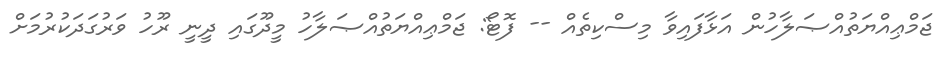
ޖަމްޢިއްޔަތުއްޞަލާހުން އަޅާފައިވާ މިސްކިތެއް -- ފޮޓޯ: ޖަމްޢިއްޔަތުއްޞަލާހު މީދޫގައި ދީނީ ރޫހު ވަރުގަަދަކުރުމަށް